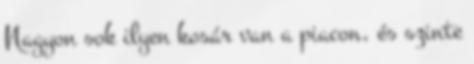
Nagyon sok ilyen kosár van a piacon, és szinte